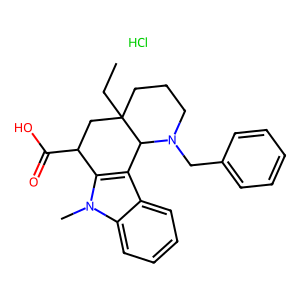
SMILES: CCC12CCCN(Cc3ccccc3)C1c1c(n(C)c3ccccc13)C(C(=O)O)C2.Cl
Inhibits HIV replication: No